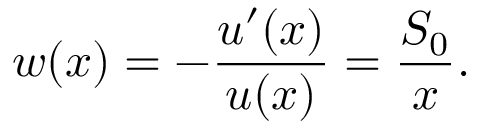
w ( x ) = - \frac { u ^ { \prime } ( x ) } { u ( x ) } = \frac { S _ { 0 } } { x } .